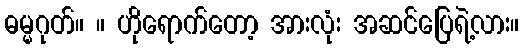
ဓမ္မဂုတ်။ ။ ဟိုရောက်တော့ အားလုံး အဆင်ပြေရဲ့လား။